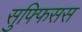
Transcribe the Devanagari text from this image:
सुफ्फिसस